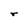
Character: r